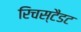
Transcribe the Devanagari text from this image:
रिचस्टैडट